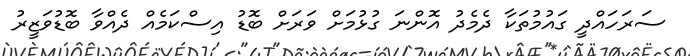
ސަރަހައްދީ ގައުމުތަކާ ދެމެދު އޮންނަ ގުޅުމަށް ވަރަށް ބޮޑު އިސްކަމެއް ދެއްވާ ބޮޑުވަޒީރު